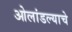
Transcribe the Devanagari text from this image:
ओलांडल्याचे